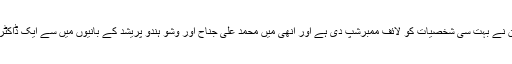
انھوں نے کہا کہ طلبا یونین نے بہت سی شخصیات کو لائف ممبرشپ دی ہے اور انھی میں محمد علی جناح اور وشو ہندو پریشد کے بانیوں میں سے ایک ڈاکٹر کرن سنگھ بھی شامل ہیں۔